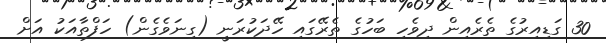
30 ގަޑިއިރުގެ ތެރެއިން ދިވެހި ބަހުގެ ތެރޭގައި ހޭދަކުރަނީ (ގިނަވެގެން) ހަފްތާއަކު އަށް